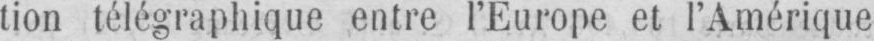
tion télégraphique entre l’Europe et l’Amérique